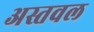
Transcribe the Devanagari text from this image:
अस्तवल